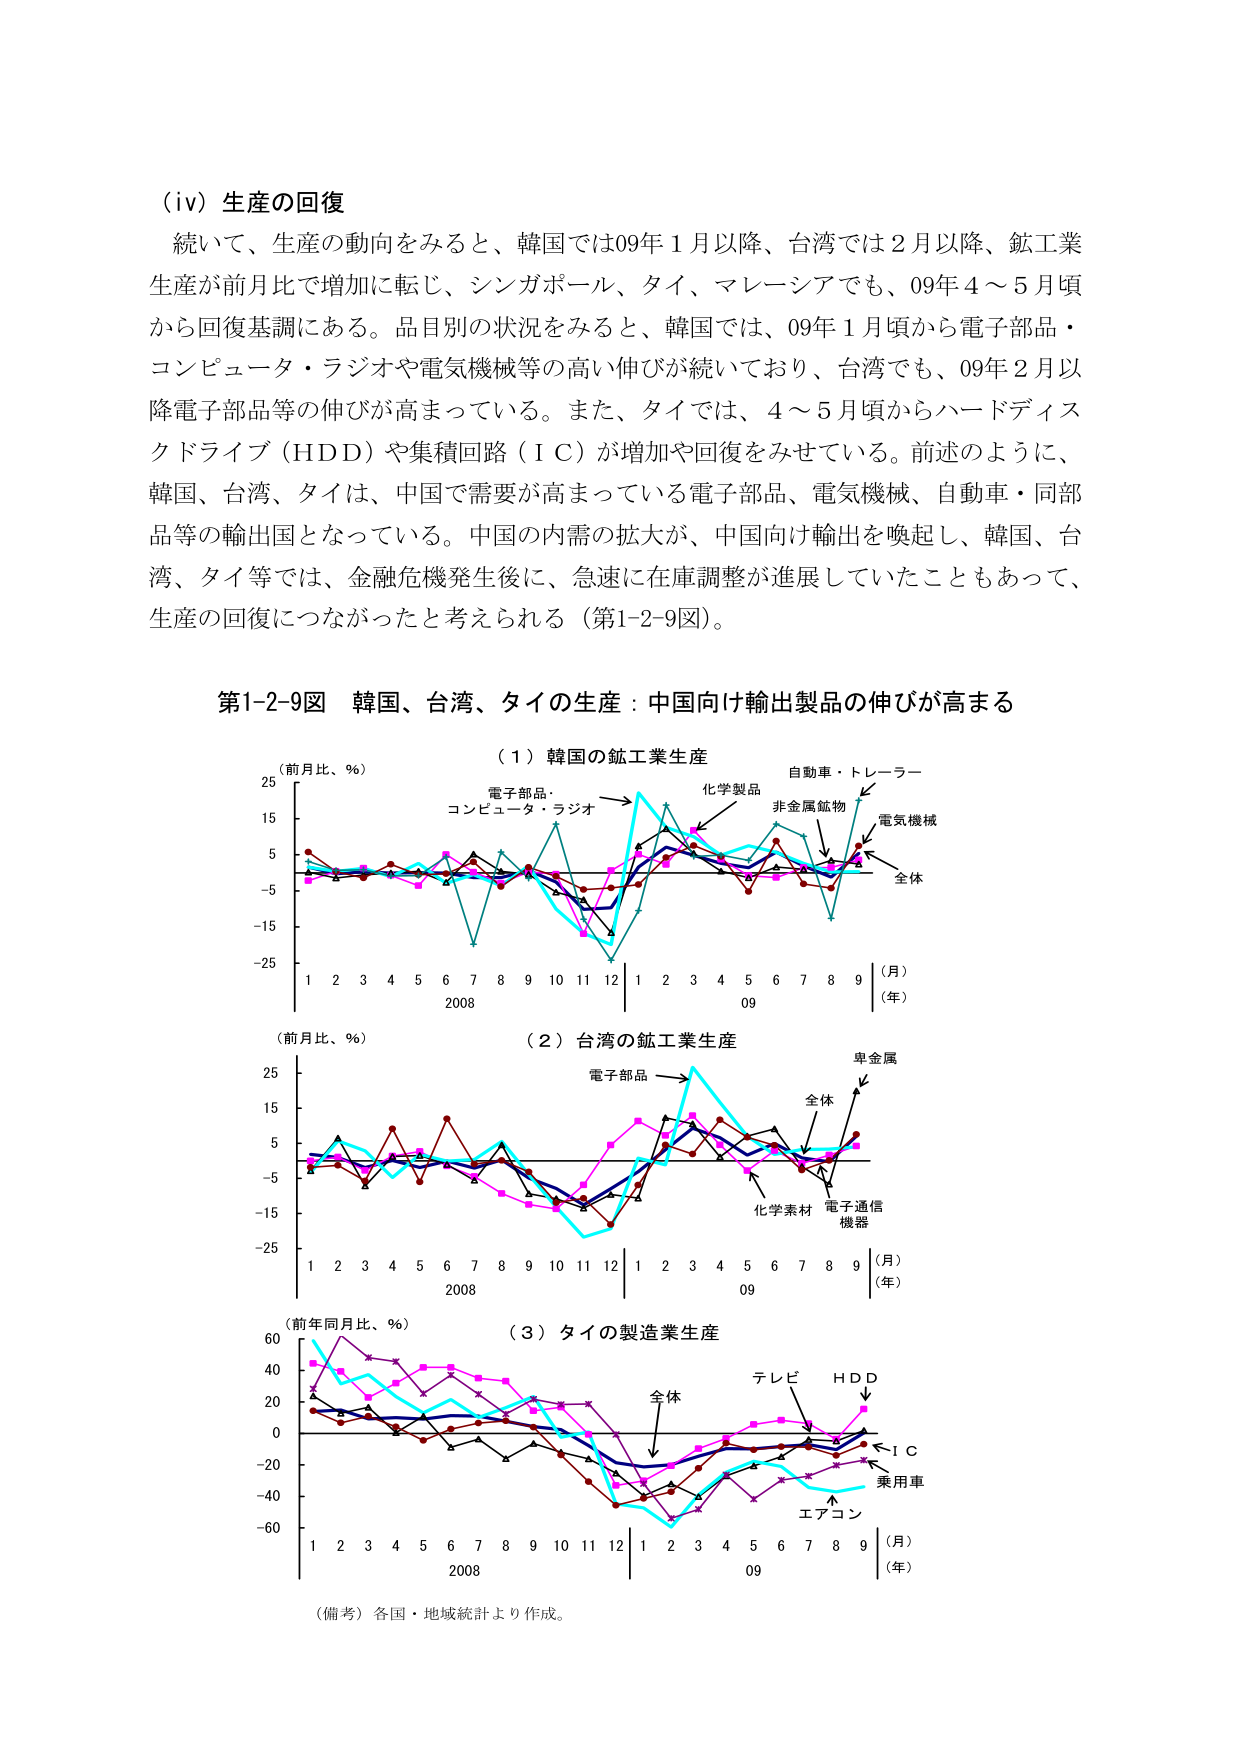
（iv）生産の回復
続いて、生産の動向をみると、韓国では09年1月以降、台湾では2月以降、鉱工業生産が前月比で増加に転じ、シンガポール、タイ、マレーシアでも、09年4～5月頃から回復基調にある。品目別の状況をみると、韓国では、09年1月頃から電子部品・コンピュータ・ラジオや電気機械等の高い伸びが続いており、台湾でも、09年2月以降電子部品等の伸びが高まっている。また、タイでは、4～5月頃からハードディスクドライブ（HDD）や集積回路（IC）が増加や回復をみせている。前述のように、韓国、台湾、タイは、中国で需要が高まっている電子部品、電気機械、自動車・同部品等の輸出国となっている。中国の内需の拡大が、中国向け輸出を喚起し、韓国、台湾、タイ等では、金融危機発生後に、急速に在庫調整が進展していたこともあって、生産の回復につながったと考えられる（第1-2-9図）。

第1-2-9図 韓国、台湾、タイの生産：中国向け輸出製品の伸びが高まる

（前月比、％）
（1）韓国の鉱工業生産
電子部品・コンピュータ・ラジオ
化学製品
自動車・トレーラー
非金属鉱物
電気機械
全体

（月）
（年）
2008 1 2 3 4 5 6 7 8 9 10 11 12 | 1 2 3 4 5 6 7 8 9
09

（前月比、％）
（2）台湾の鉱工業生産
電子部品
卑金属
全体
化学素材
電子通信機器

（月）
（年）
2008 1 2 3 4 5 6 7 8 9 10 11 12 | 1 2 3 4 5 6 7 8 9
09

（前年同月比、％）
（3）タイの製造業生産
テレビ
HDD
全体
IC
乗用車
エアコン

（月）
（年）
2008 1 2 3 4 5 6 7 8 9 10 11 12 | 1 2 3 4 5 6 7 8 9
09

（備考）各国・地域統計より作成。